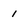
Character: 1